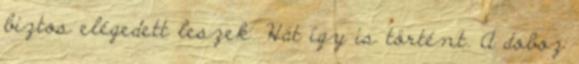
biztos elégedett leszek. Hát így is történt. A doboz